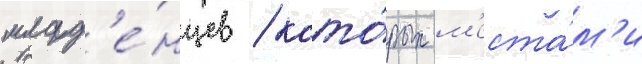
млад'е́нцев / кото́рых м'еста́м'и